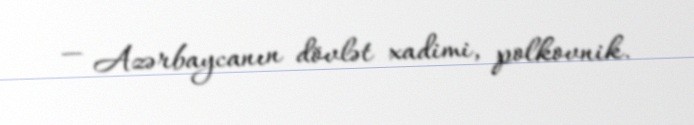
— Azərbaycanın dövlət xadimi, polkovnik.